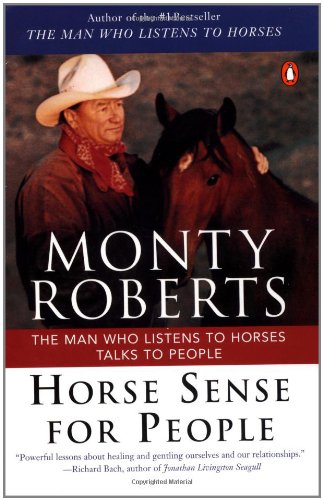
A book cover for Horse Sense for People; Monty Roberts; Self-Help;